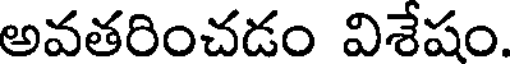
అవతరించడం విశేషం.